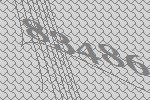
83486